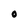
Character: 0